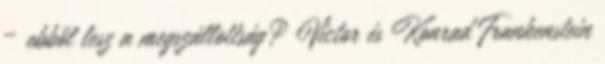
– ebből lesz a megszállottság? Victor és Konrad Frankenstein